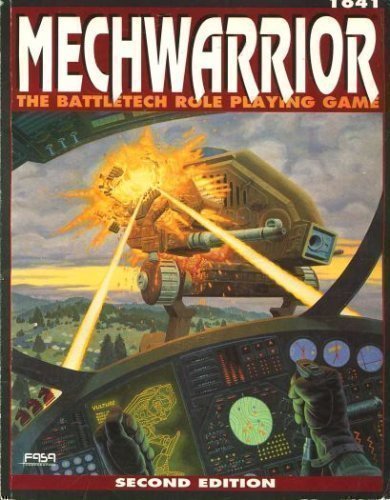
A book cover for Mechwarrior: The Battletech Role-Playing Game (2nd Edition); Science Fiction & Fantasy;